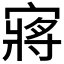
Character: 𫳻